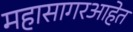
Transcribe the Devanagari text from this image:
महासागरआहेत